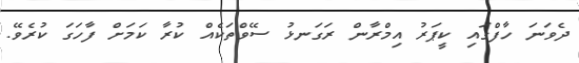
ދެވަނަ ހާފްގައި ކީޕަރު އިމްރާން ރަގަނޅު ސޭވްތަކެއް ކުރާ ކަަމަށް ފާހަގަ ކުރެވޭ.